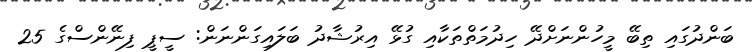
ބަންދުގައި ތިބޭ މީހުންނަށްދޭ ހިދުމަތްތަކާއި ގުޅޭ އިރުޝާދު ބަލައިގަންނަން: ސީޕީ ފިނޭންސްގެ 25